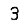
Digit: 3